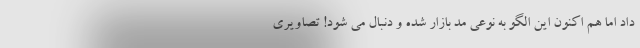
داد اما هم اکنون این الگو به نوعی مد بازار شده و دنبال می شود! تصاویری